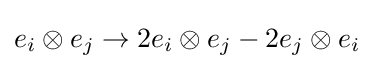
e_{i}\otimes e_{j}\rightarrow 2e_{i}\otimes e_{j}-2e_{j}\otimes e_{i}